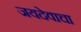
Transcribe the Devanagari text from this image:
जयदेवाचा